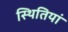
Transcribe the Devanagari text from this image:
स्‍थितियां